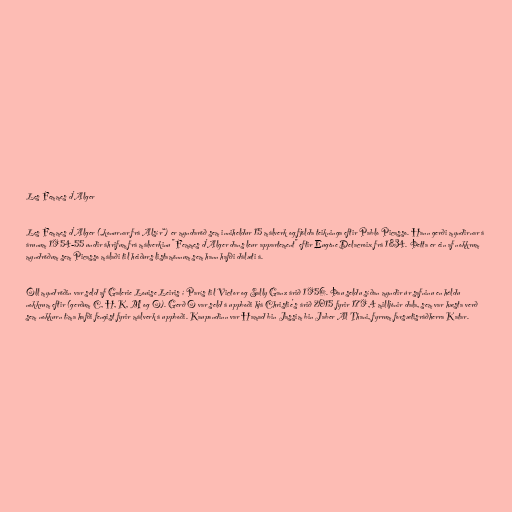
Les Femmes d'Alger

Les Femmes d'Alger („konurnar frá Alsír“) er myndaröð sem inniheldur 15 málverk og fjölda teikninga eftir Pablo Picasso. Hann gerði myndirnar á
árunum 1954-55 undir áhrifum frá málverkinu "Femmes d'Alger dans leur appartement" eftir Eugène Delacroix frá 1834. Þetta er ein af nokkrum
myndröðum sem Picasso málaði til heiðurs listamönnum sem hann hafði dálæti á.

Öll myndröðin var seld af Galerie Louise Leiris í París til Victor og Sally Ganz árið 1956. Þau seldu síðan myndir úr safninu en héldu
nokkrum eftir (gerðum C, H, K, M og O). Gerð O var seld á uppboði hjá Christie's árið 2015 fyrir 179,4 milljónir dala, sem var hæsta verð
sem nokkurn tíma hafði fengist fyrir málverk á uppboði. Kaupandinn var Hamad bin Jassim bin Jaber Al Thani, fyrrum forsætisráðherra Katar.